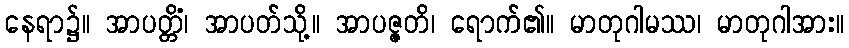
နေရာ၌။ အာပတ္တိံ၊ အာပတ်သို့။ အာပဇ္ဇတိ၊ ရောက်၏။ မာတုဂါမဿ၊ မာတုဂါအား။